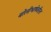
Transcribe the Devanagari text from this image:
बोलीभाषेवरील